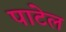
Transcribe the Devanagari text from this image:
पाटेल